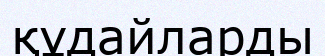
құдайларды